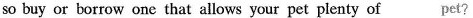
so buy or borrow one that allows your pet plenty of pet?